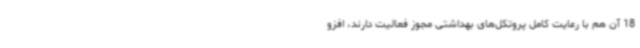
18 آن هم با رعایت کامل پروتکل‌های بهداشتی مجوز فعالیت دارند، افزو